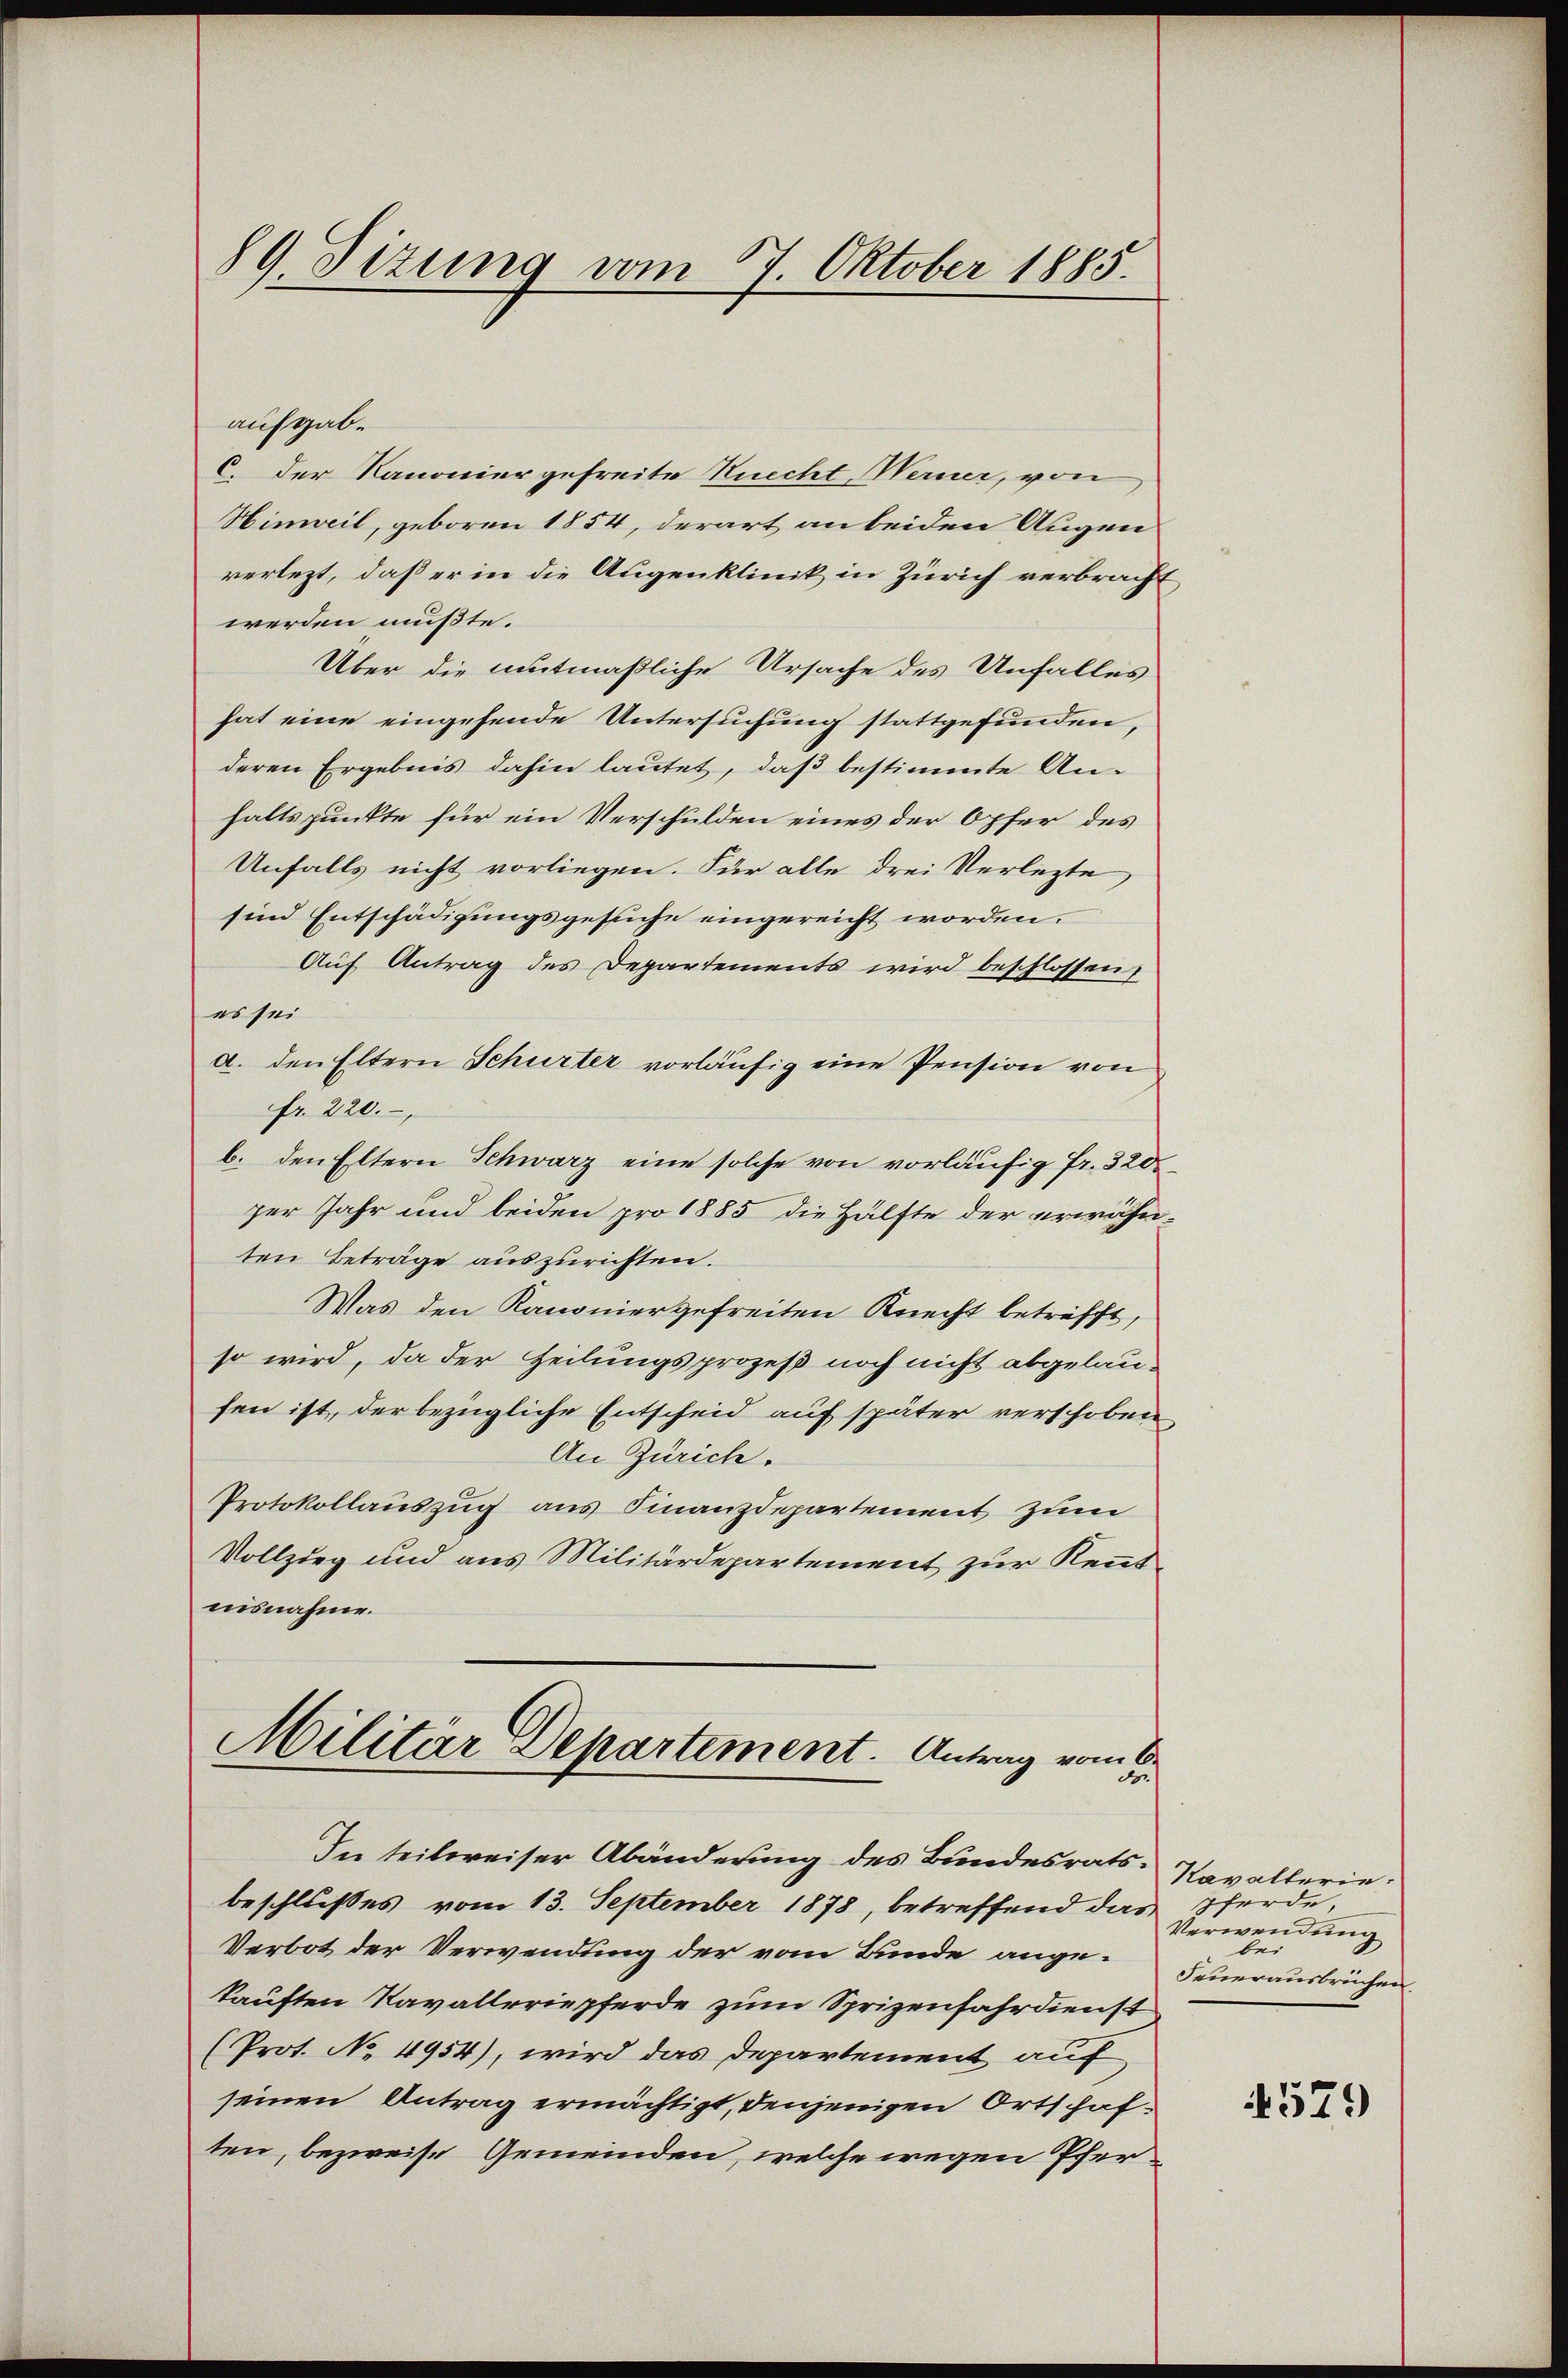
aufgab.
C. der Kanonier gefreite Knecht Werner, von
Hinweil, geboren 1854, derart an beiden Augen
verletzt, daß er in die Augenklinik in Zürich verbracht
werden mußte.
Über die mutmaßliche Ursache des Unfalles
hat eine eingehende Untersuchung stattgefunden,
deren Ergebnis dahin lautet, daß bestimmte An-
haltspunkte für ein Verschulden eines der Opfer des
Unfalls nicht vorliegen. Für alle drei Verletzte,
sind Entschädigungsgesuche eingereicht worden.
Auf Antrag des Departements wird beschlossen,
es sei
a. den Eltern Schurter vorläufig eine Pension von
fr. 220.
b. den Eltern Schwarz eine solche von vorläufig Fr. 3200
per Jahr und beiden pro 1885 die Hälfte der erwähn-
ten Beträge auszurichten.
Was den Kanonier gefreiten Knecht betrifft,
so wird, da der Zeilungsprozeß noch nicht abgelausen ist, der bezügliche Entscheid auf später verschoben
An Zürich.
Protokollauszug aus Finanzdepartement zum
Vollzieg und aus Militärdepartement zur Kenntnisnahme.
Militär Departement. Antrag vom

89. Sizung vom 27. Oktober 1885.

In teilweiser Abänderung des Bundesrats.
beschlußes vom 13. September 1878, betreffend das Pferde,
Verbot der Verwendung der vom Bunde angekauften Navalleriepferde zum Sprizenfahrdienst
(Prot. No 4954), wird das Departement auf
seinen Antrag ermächtigt, denjenigen Ortschaften, bezweife Gemeinden, welche wegen Pfer¬

Kavalterie.
Verwendung
bei
Feuerausbruchen.

579